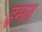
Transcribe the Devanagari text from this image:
इमन